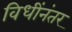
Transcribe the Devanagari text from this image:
विधींनंतर